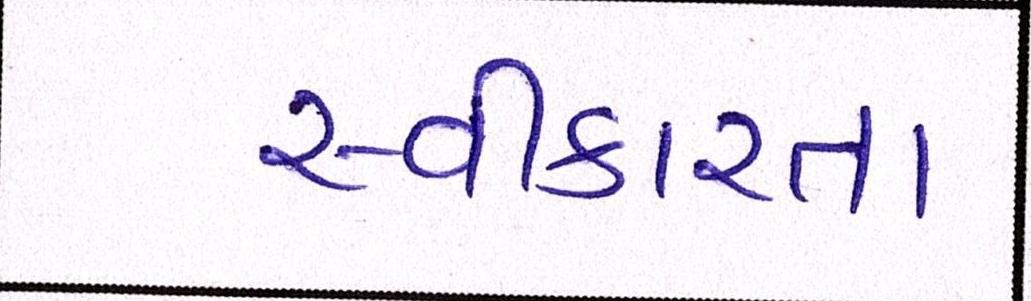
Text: સ્વીકારતા